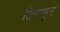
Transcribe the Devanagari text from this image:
तिसाहून